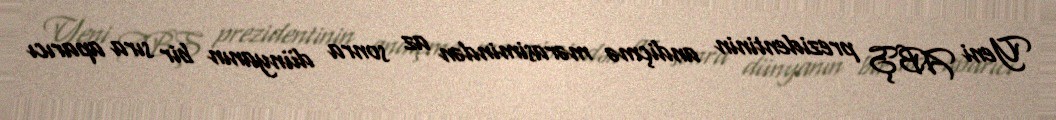
Yeni ABŞ prezidentinin andiçmə mərasimindən az sonra dünyanın bir sıra aparıcı